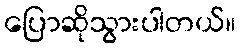
ပြောဆိုသွားပါတယ်။